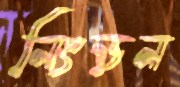
নিংড়ন